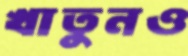
খাতুনও